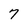
Character: 7